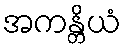
အကန္တိယံ